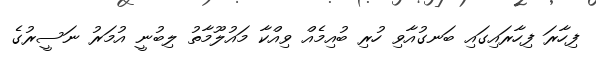
ފިހާރަ ފިހާރައިގައި ބަނގުއާވި ހުރި ބުއިމެއް ވިއްކާ މައުލޫމާތު ލިބުނީ އުމަރު ނަސީރުގެ